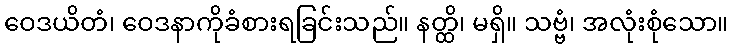
ဝေဒယိတံ၊ ဝေဒနာကိုခံစားရခြင်းသည်။ နတ္ထိ၊ မရှိ။ သဗ္ဗံ၊ အလုံးစုံသော။